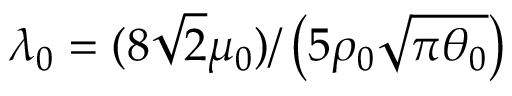
\lambda _ { 0 } = ( 8 \sqrt { 2 } \mu _ { 0 } ) / \left( 5 \rho _ { 0 } \sqrt { \pi \theta _ { 0 } } \right)